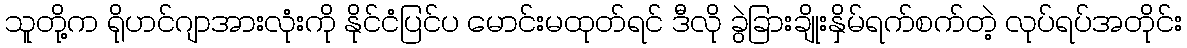
သူတို့က ရိုဟင်ဂျာအားလုံးကို နိုင်ငံပြင်ပ မောင်းမထုတ်ရင် ဒီလို ခွဲခြားချိုးနှိမ်ရက်စက်တဲ့ လုပ်ရပ်အတိုင်း